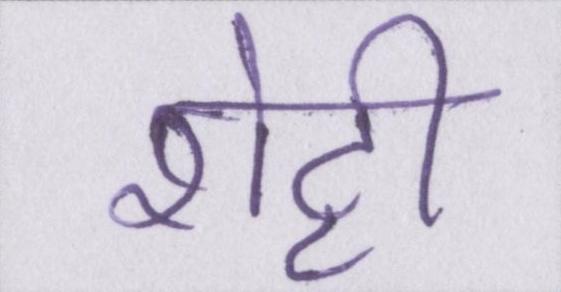
शेट्टी